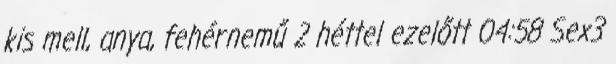
kis mell, anya, fehérnemű 2 héttel ezelőtt 04:58 Sex3